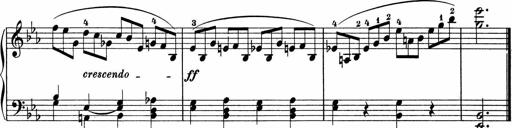
Title: 5 Sonatinen fÃ¼r die Jugend
Composer: Carl Reinecke